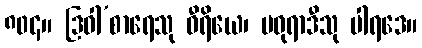
၈၀၄။ ဒြဝါ’စာရေသု ဝီရိယေ၊ မဓုရာဒီသု ပါရဒေ။